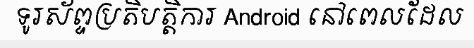
ទូរស័ព្ទប្រតិបត្តិការ Android នៅពេលដែល